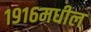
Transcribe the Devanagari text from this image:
१९१६मधील